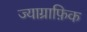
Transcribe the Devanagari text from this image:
ज्याग्राफ़िक